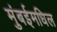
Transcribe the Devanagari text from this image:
मुंबईमधिल